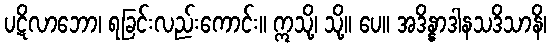
ပဋိလာဘော၊ ရခြင်းလည်းကောင်း။ ဣသို့၊ သို့။ ပေ။ အဒိန္နာဒါနသဒိသာနိ၊